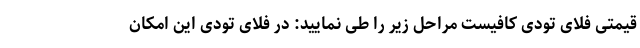
قیمتی فلای تودی کافیست مراحل زیر را طی نمایید: در فلای تودی این امکان